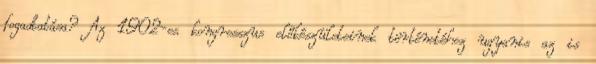
fogadtatása? Az 1902-es kongresszus előkészületeinek történetéhez ugyanis az is